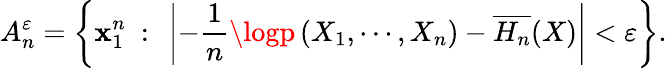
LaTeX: A_{n}^{\varepsilon}=\left\{ \mathbf{x}_{1}^{n}\ :\ \left|-{\frac{{1}}{{n}}}\logp\left(X_{1},\cdots,X_{n}\right)-{\overline{{{H_{n}}}}}(X)\right|<\varepsilon\right\} .